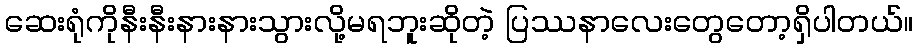
ဆေးရုံကိုနီးနီးနားနားသွားလို့မရဘူးဆိုတဲ့ ပြဿနာလေးတွေတော့ရှိပါတယ်။